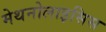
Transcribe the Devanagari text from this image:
मेथनोलाइसिस